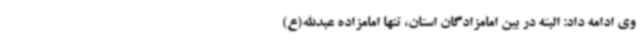
وی ادامه داد: البته در بین امامزادگان استان، تنها امامزاده عبدالله(ع)